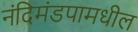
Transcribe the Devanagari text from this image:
नंदिमंडपामधील